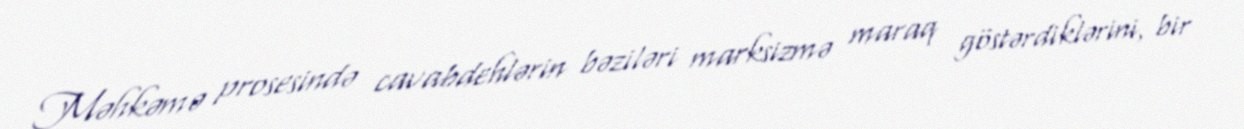
Məhkəmə prosesində cavabdehlərin bəziləri marksizmə maraq göstərdiklərini, bir